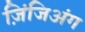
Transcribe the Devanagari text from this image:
ज़िंजिअंग